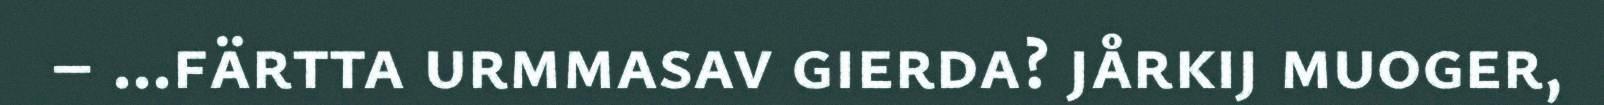
– ...färtta urmmasav gierda? jårkij muoger,